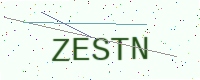
Text: ZESTN